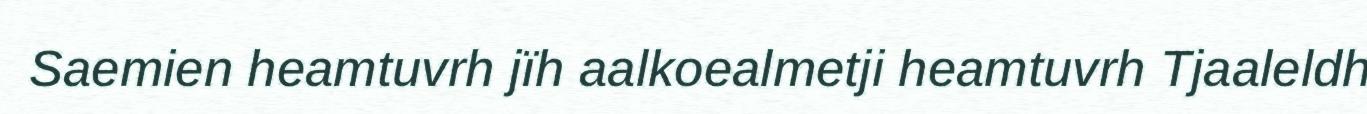
Saemien heamtuvrh jïh aalkoealmetji heamtuvrh Tjaaleldh